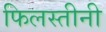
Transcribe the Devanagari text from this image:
फिलस्तीनी